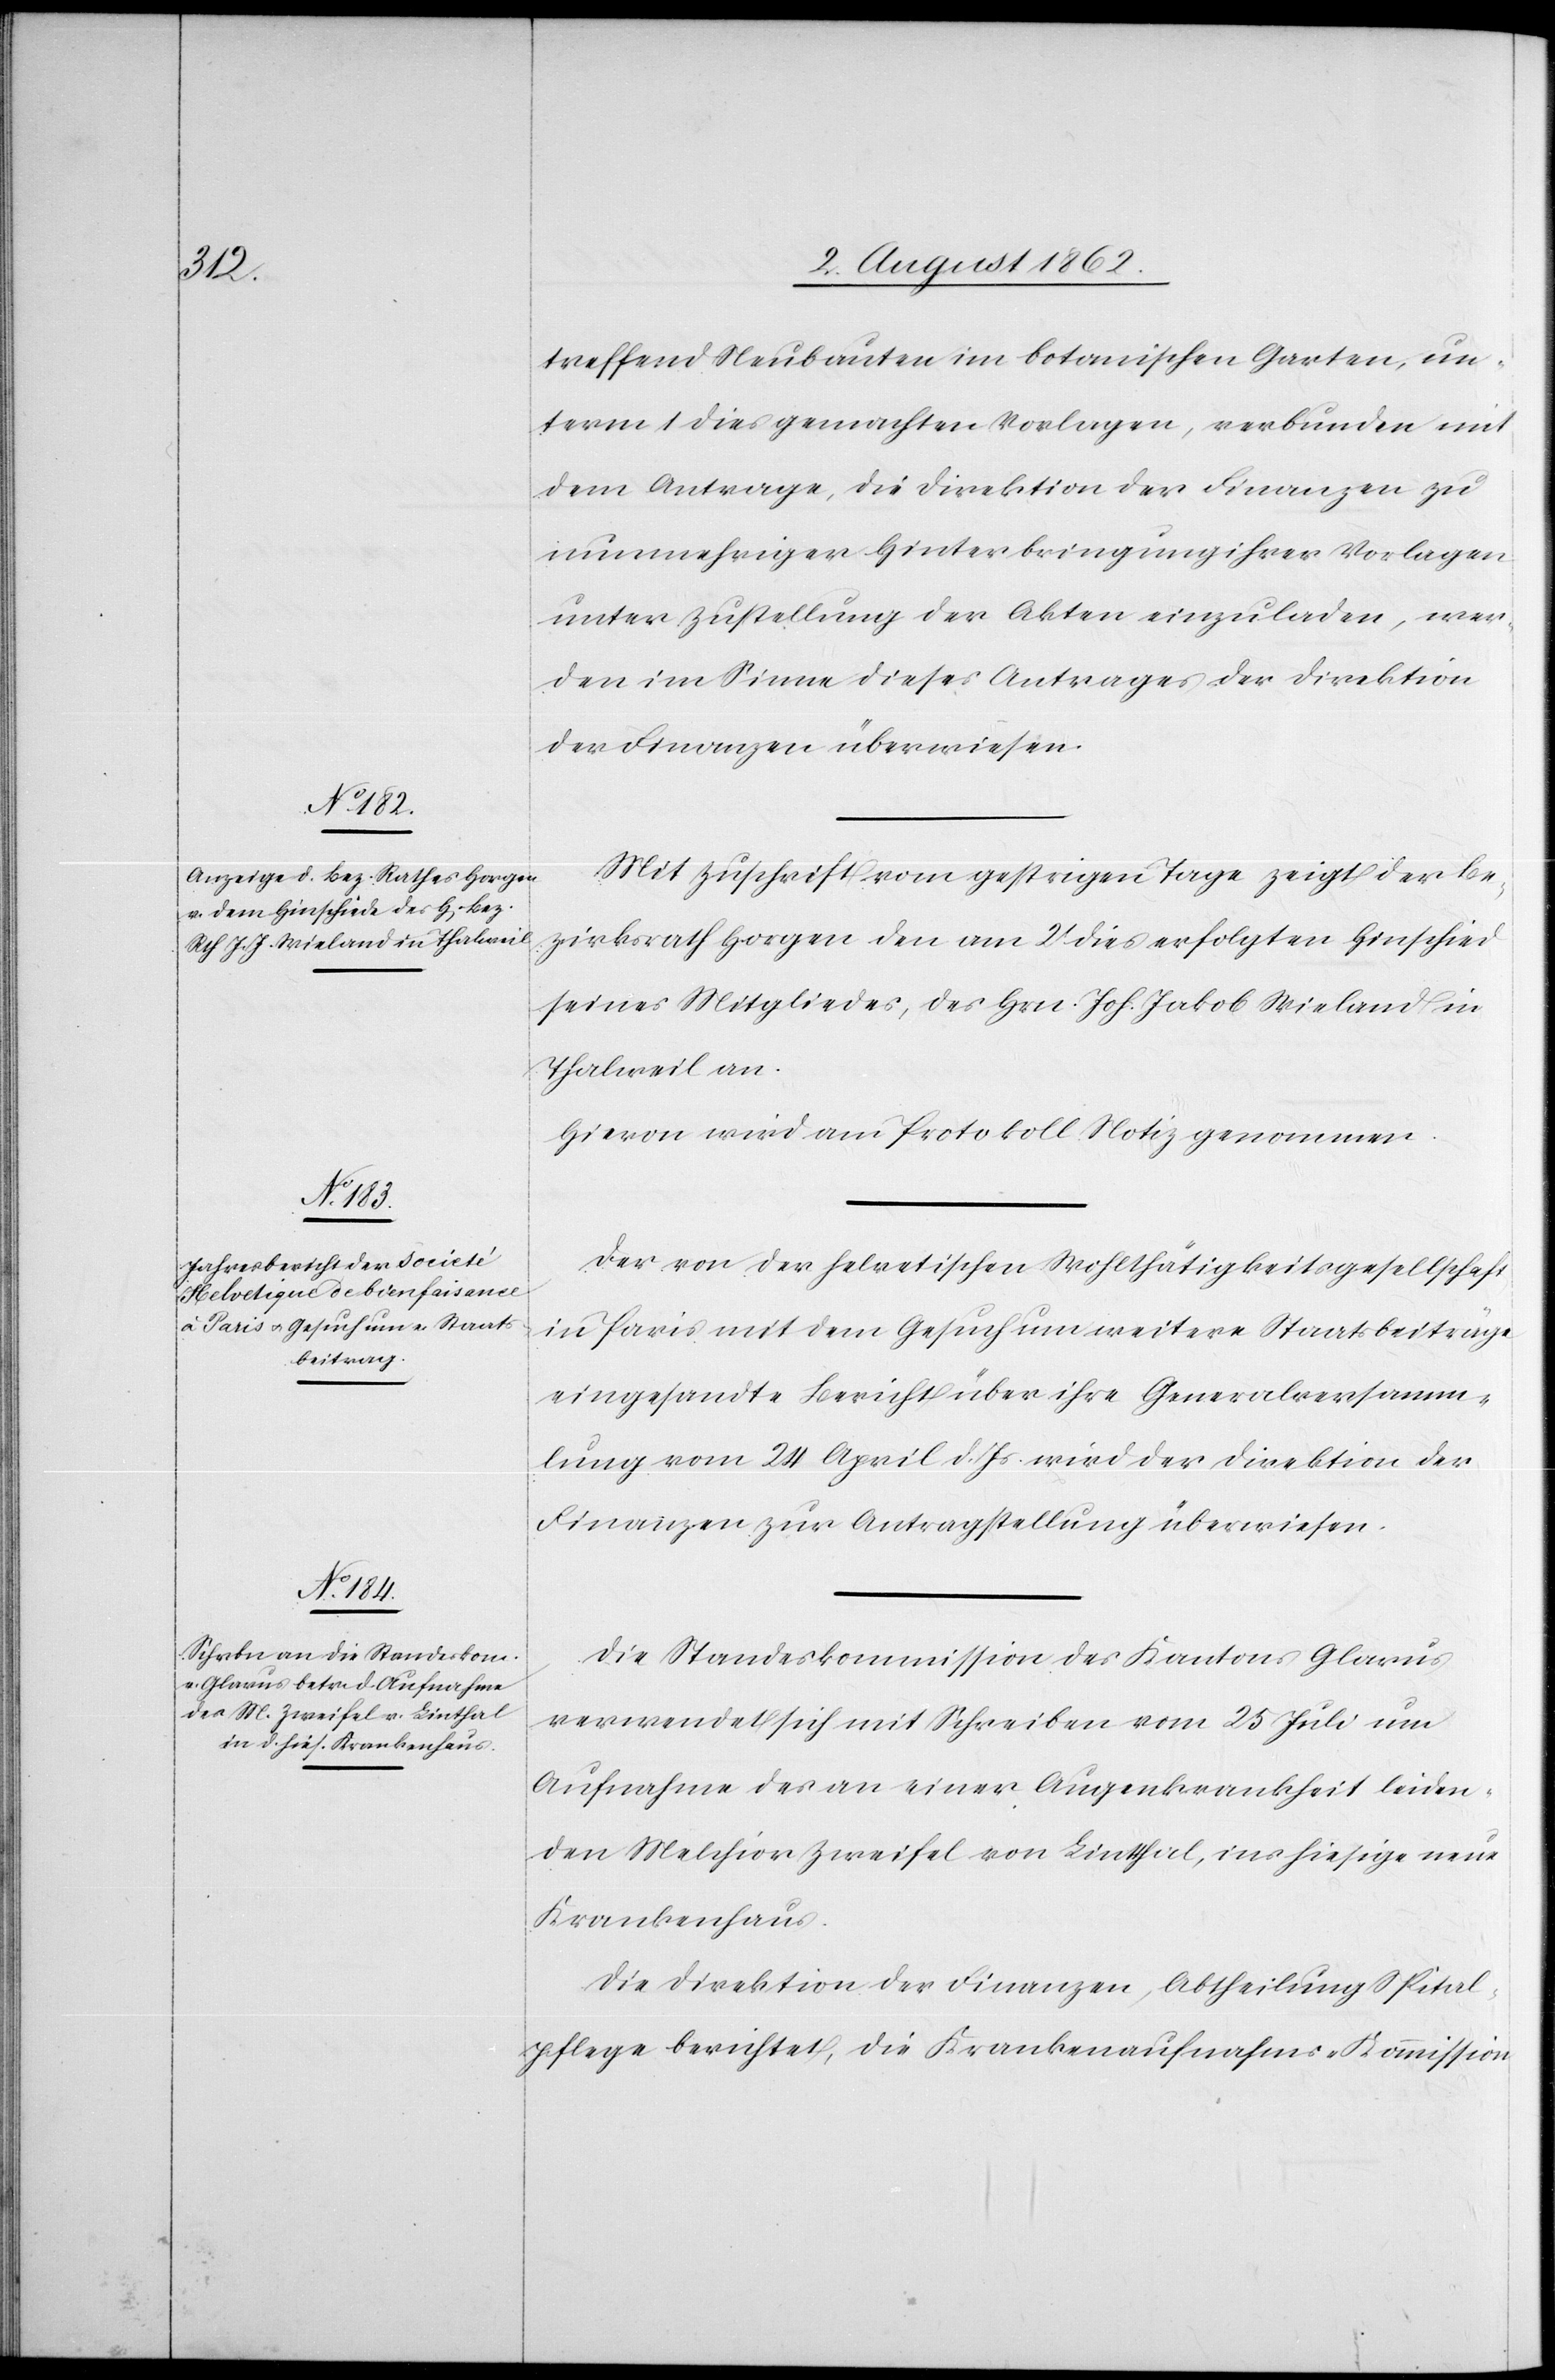
4. August 1862.]
treffend Neubauten im botanischen Garten, un¬
term 1. dies Gemachten Vorlagen, verbunden mit
dem Antrage, die Direktion der Finanzen zu
nunmehriger Hinterbringung ihrer Vorlagen
unter Zustellung der Akten einzuladen, wer¬
den im Sinne dieses Antrages der Direktion
der Finanzen überwiesen.
Mit Zuschrift vom gestrigen Tage zeigt der Be¬
zirksrath Horgen den am 2t dies erfolgten Hinschied
seines Mitgliedes, des Hrn. Joh. Jakob Wieland in
Thalweil an.
Hievon wird am Protokoll Notiz genommen.
Der von der helvetischen Wohlthätigkeitsgesellschaft
in Paris mit dem Gesuch um weitere Staatsbeiträge
eingesandte Bericht über ihre Generalversamm¬
lung vom 24. April d. Js. wird der Direktion der
Finanzen zur Antragstellung überwiesen.
Die Standeskommission des Kantons Glarus
verwendet sich mit Schreiben vom 25. Juli um
Aufnahme des an einer Augenkrankheit leiden¬
den Melchior Zweifel von Lintthal, ins hiesige neue
Krankenhaus.
Die Direktion der Finanzen, Abtheilung Spital¬
pflege berichtet, die Krankenaufnahms-Kommission